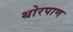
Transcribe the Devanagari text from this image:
थोरपाण